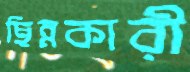
ছিন্নকারী